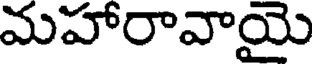
మహారావాయై